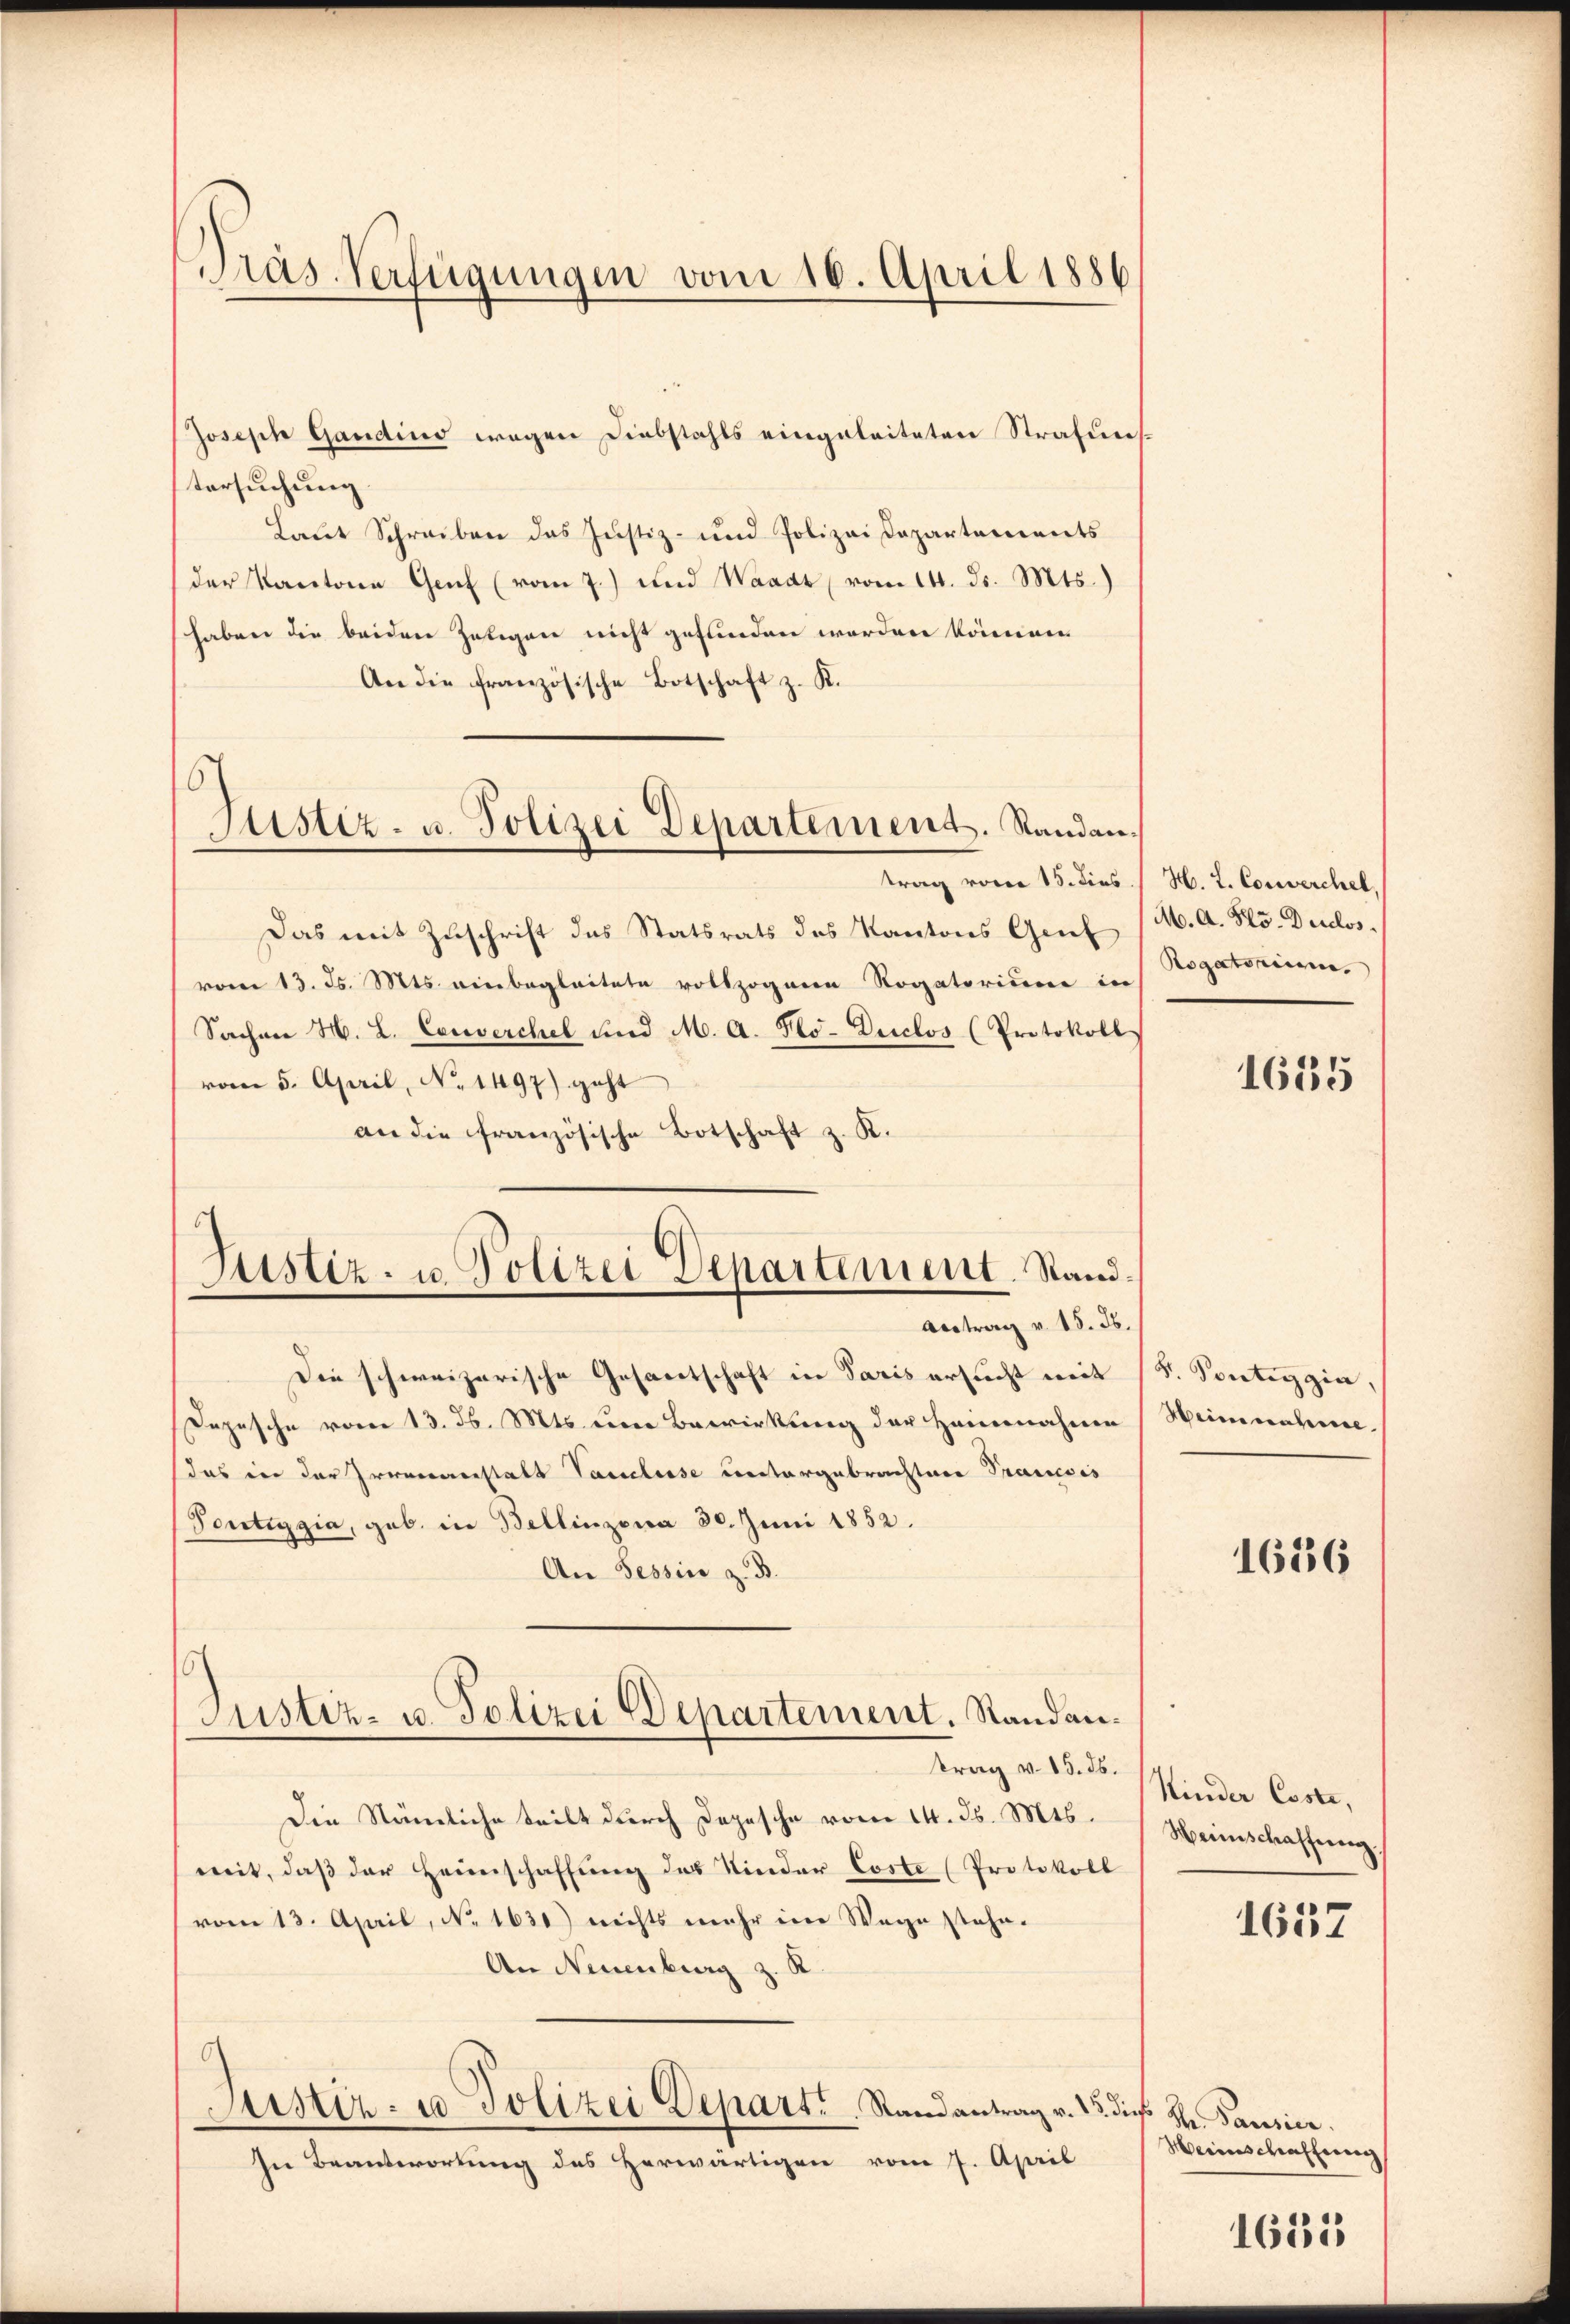
Präs. Verfügungen vom 10. April 1886

Justiz- u. Polizei Departement. Standan¬

Justiz- u. Polizei Departement. Stand¬
Antrag v. 15. 36.

Joseph Gandind wegen Diebstahls eingeleiteten Strafunstersuchung
Laut Schreiben das Justiz- und Polizeidepartements
der Kantone Genf (vom 7.) und Waadt vom 14. ds. Mts.)
haben die beiden Zeligen nicht gefunden worden können.
An die französische Botschaft z. K.
trag voren 15. dies
Das mit Zuschrift das Statsrats des Kantons Gent
vom 13. Js. Mts. einbegleitete vollzogenen Rogatorium in
Sachen H. L. Couverchel und M. A. Plo-Duclos (Protokoll
vom 5. April, No. 1497) geht
an die französische Botschaft z. K.
Die schweizerische Gesandtschaft in Paris ersucht mit
Depesche vom 13. d. Mts. um Bewirkung der Hauernahmen
das in der Irrenanstalt Paulisse untergebrachtere Pranesis
Pontiggia, geb. in Bellinzona 30. Juni 1852.
An Tessin z. B.
Justiz- u. Polizei Departement. Standantrag v. 15. 36.
Die Stämliche teilt durch Depesche vom 14. d. Mts.
mit, daß der Heimschaffung des Kinder Coste (Protokoll
vom 13. April, No. 1631) nichts mehr im Wege stehe.
An Neuenburg z. R.
Justiz- u Polizei Depart. Randantrag v. 23. dieß Hr. Pausier
In Beantwortung des Herwärtigen vom 7. April

H. L. Converchel,
M. A. Gls. Duclos.
Rogatoriiren.

1635

H. Spretengin,
Heine nahese

1656

Kinder Csste,
Weinschaffung

1657

Weinschaffung

1655